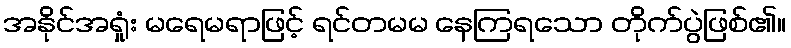
အနိုင်အရှုံး မရေမရာဖြင့် ရင်တမမ နေကြရသော တိုက်ပွဲဖြစ်၏။